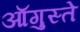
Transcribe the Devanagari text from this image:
ऑगुस्ते